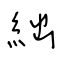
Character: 絀